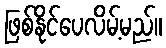
ဖြစ်နိုင်ပေလိမ့်မည်။